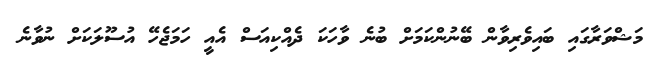
މަޝްވަރާގައި ބައިވެރިވާން ބޭނުންކަމަށް ބުނެ ވާހަކަ ދެއްކިއަސް އެއީ ހަމަޖެހޭ އުސޫލަކަށް ނުވާނެ